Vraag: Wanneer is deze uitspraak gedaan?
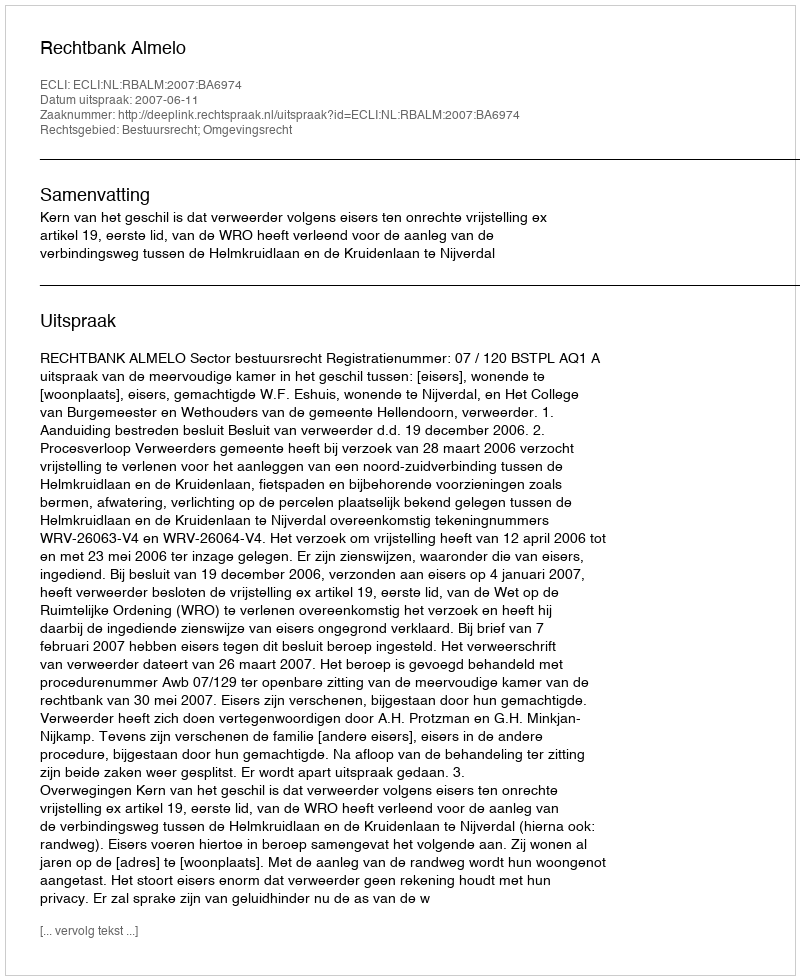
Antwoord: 2007-06-11